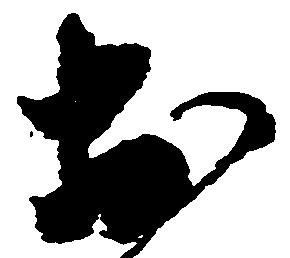
於